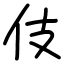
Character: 伎